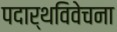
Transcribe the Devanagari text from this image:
पदार्थविवेचना